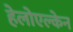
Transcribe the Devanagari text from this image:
हेलोएल्केन